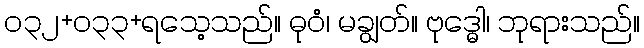
၀၃၂+၀၃၃+ရသေ့သည်။ ဓုဝံ၊ မချွတ်။ ဗုဒ္ဓေါ၊ ဘုရားသည်။